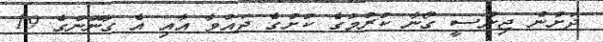
ދަށުން ޖިންސީ ގޯނާ ކުރުމުގެ ކުށުގެ ދައުވާ އާއި އެ ގާނޫނުގެ 19